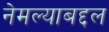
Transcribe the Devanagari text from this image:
नेमल्याबद्दल